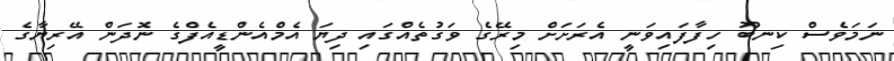
ނަމަވެސް ކިނބޫ ހިފާފައިވަނީ އެރަށަށް މިރޭގެ ވަގުތެއްގައި ދިޔަ އެމްއެންޑީއެފްގެ ނޮދަން އޭރިޔާގެ